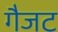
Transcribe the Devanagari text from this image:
गैजट